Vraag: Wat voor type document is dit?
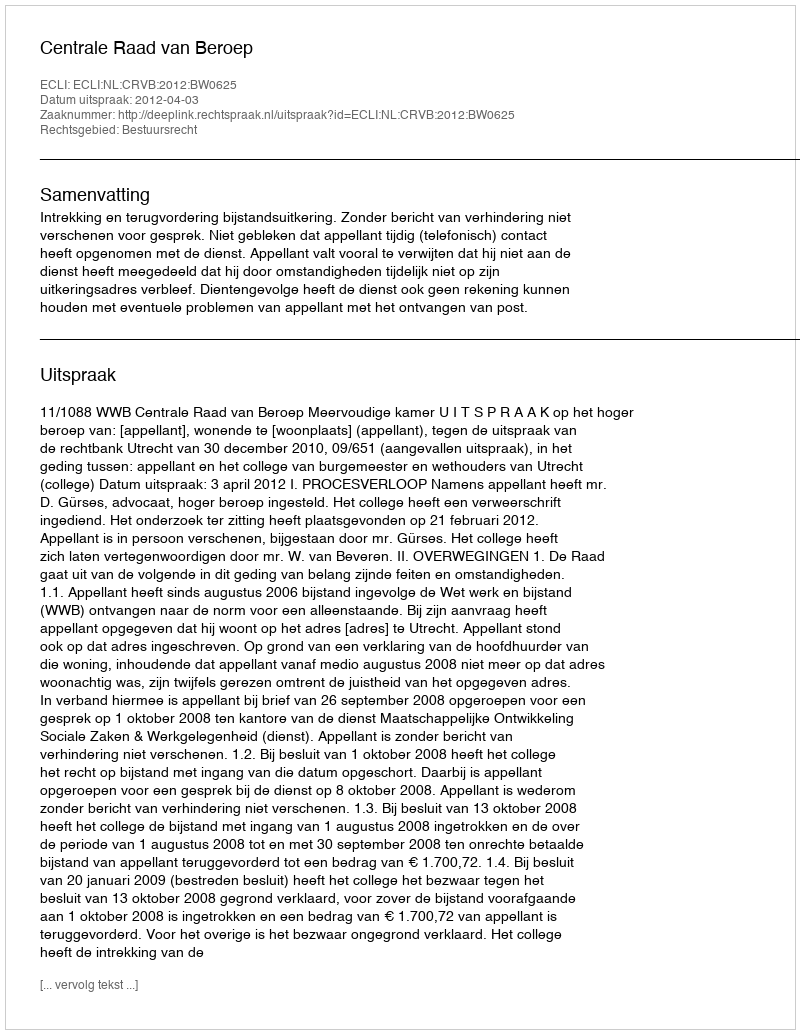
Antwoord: Uitspraak